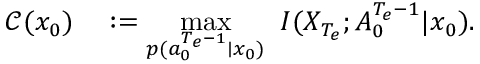
\begin{array} { r l } { \mathcal { C } ( x _ { 0 } ) } & { { } : = \underset { p ( a _ { 0 } ^ { { T _ { e } } - 1 } \mid x _ { 0 } ) } { \operatorname* { m a x } } \; \; I ( X _ { { T _ { e } } } ; A _ { 0 } ^ { { T _ { e } } - 1 } | x _ { 0 } ) . } \end{array}